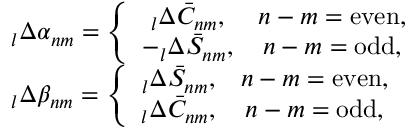
\begin{array} { l } { \phantom { } _ { l } \Delta \alpha _ { n m } = \left\{ \begin{array} { c c } { \phantom { } _ { l } \Delta \bar { C } _ { n m } , } & { n - m = \mathrm { e v e n } , } \\ { - \phantom { } _ { l } \Delta \bar { S } _ { n m } , } & { n - m = \mathrm { o d d } , } \end{array} \right. } \\ { \phantom { } _ { l } \Delta \beta _ { n m } = \left\{ \begin{array} { c c } { \phantom { } _ { l } \Delta \bar { S } _ { n m } , } & { n - m = \mathrm { e v e n } , } \\ { \phantom { } _ { l } \Delta \bar { C } _ { n m } , } & { n - m = \mathrm { o d d } , } \end{array} \right. } \end{array}